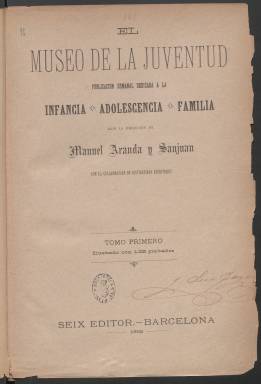
Título: El Museo de la juventud
Colección: Revistas infantiles
Ámbito geográfico: Barcelona
Lugar de publicación: Barcelona
Fechas: 01/01/1892-31/12/1893